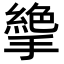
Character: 𢴭